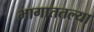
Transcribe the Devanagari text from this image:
भागाततल्या